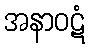
အနာဝဋံ